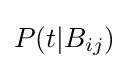
P(t|B_{ij})